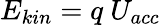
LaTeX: E_{kin}=q~U_{acc}